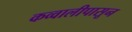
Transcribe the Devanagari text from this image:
कव्वालीपासून